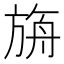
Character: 𣃼